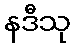
နဒီသု